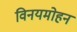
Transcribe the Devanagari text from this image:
विनयमोहन